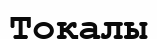
Тоқалы